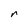
Character: r